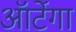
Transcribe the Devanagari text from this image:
ऑर्टेगा